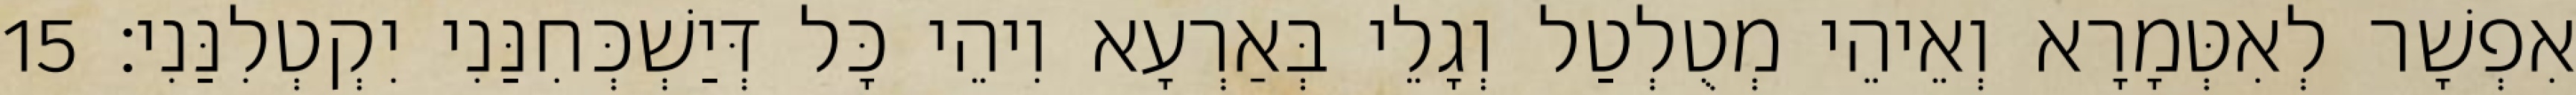
אִפְשָׁר לְאִטְּמָרָא וְאֵיהֵי מְטֻלְטַל וְגָלֵי בְּאַרְעָא וִיהֵי כָּל דְּיַשְׁכְּחִנַּנִי יִקְטְלִנַּנִי׃ 15